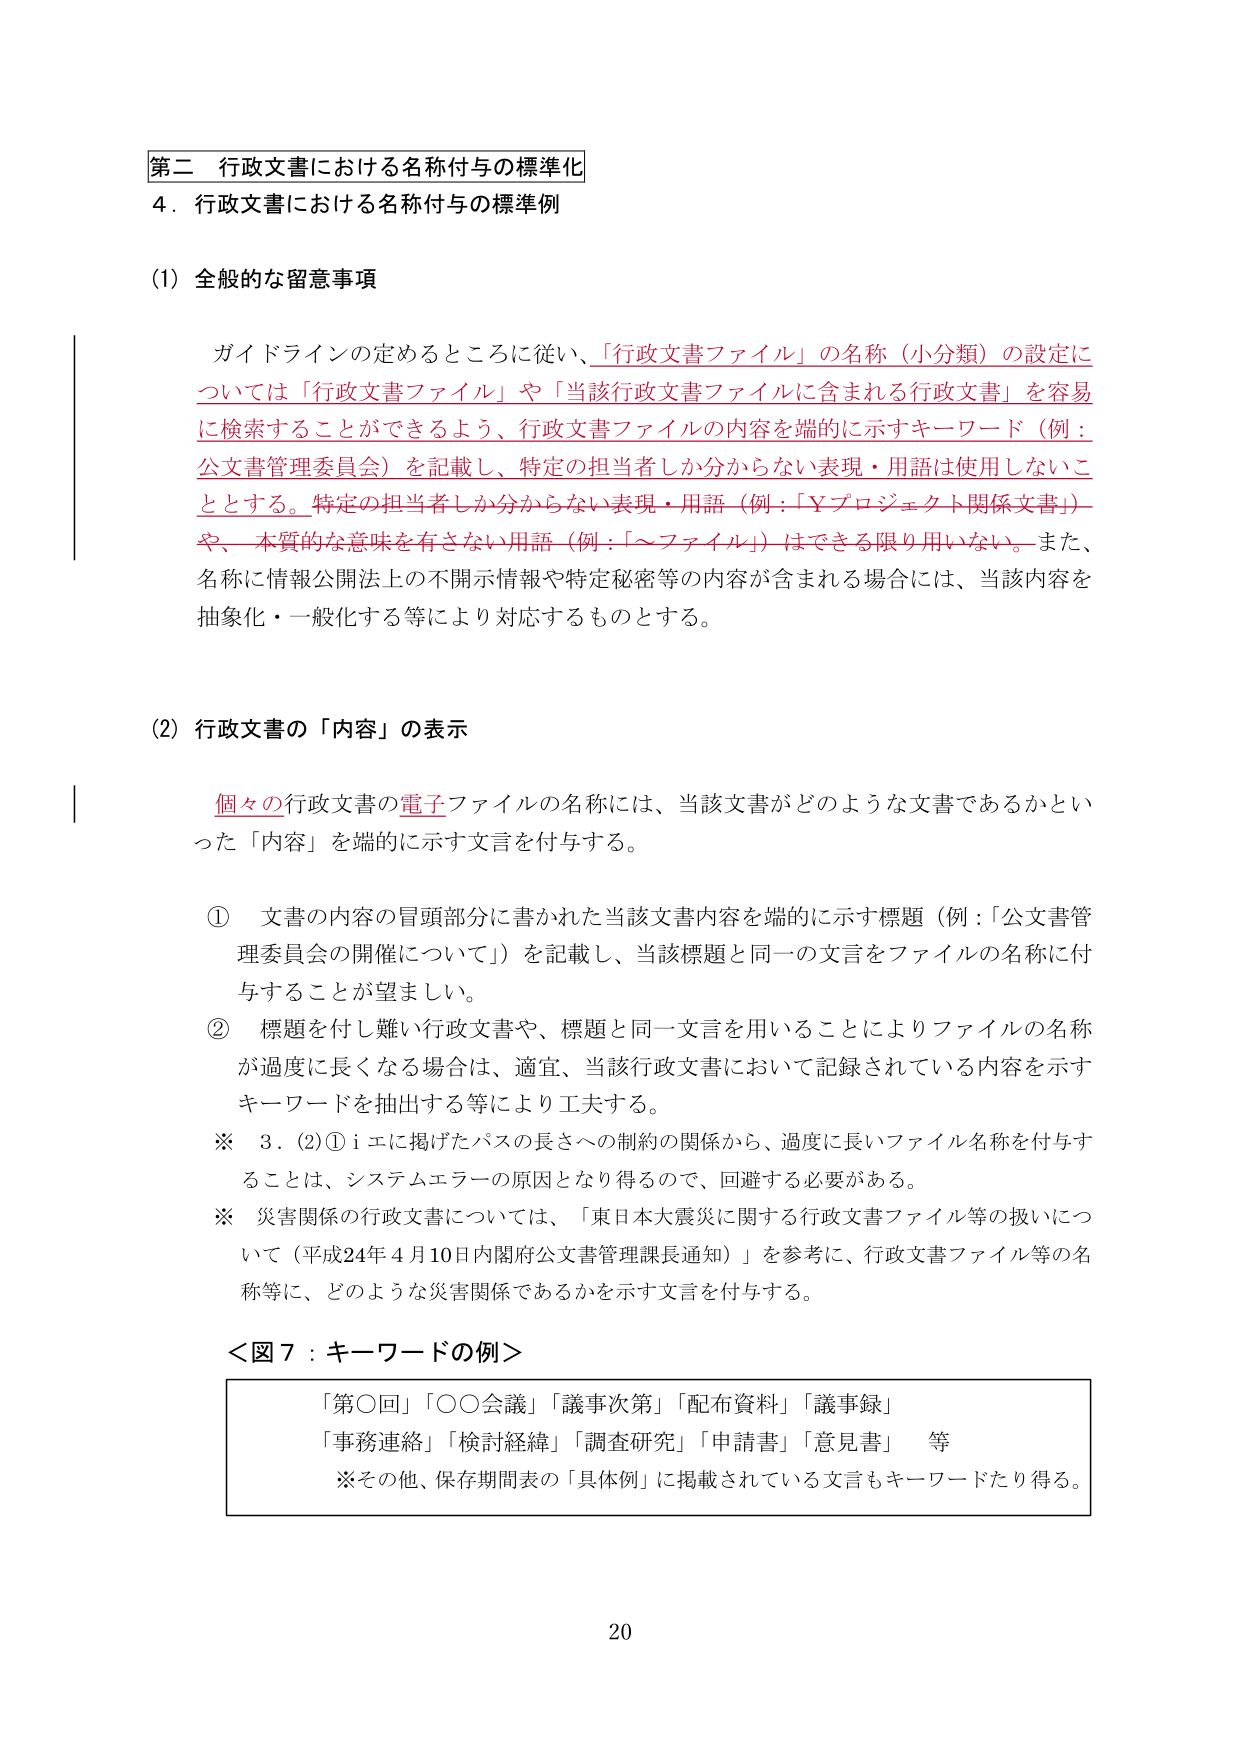
第二 行政文書における名称付与の標準化
4．行政文書における名称付与の標準例

(1) 全般的な留意事項

ガイドラインの定めるところに従い、「行政文書ファイル」の名称（小分類）の設定については「行政文書ファイル」や「当該行政文書ファイルに含まれる行政文書」を容易に検索することができるよう、行政文書ファイルの内容を端的に示すキーワード（例：公文書管理委員会）を記載し、特定の担当者しか分からない表現・用語は使用しないこととする。特定の担当者しか分からない表現・用語（例：「Yプロジェクト関係文書」）や、本質的な意味を有さない用語（例：「～ファイル」）はできる限り用いない。また、名称に情報公開法上の不開示情報や特定秘密等の内容が含まれる場合には、当該内容を抽象化・一般化する等により対応するものとする。

(2) 行政文書の「内容」の表示

個々の行政文書の電子ファイルの名称には、当該文書がどのような文書であるかといった「内容」を端的に示す文言を付与する。

① 文書の内容の冒頭部分に書かれた当該文書内容を端的に示す標題（例：「公文書管理委員会の開催について」）を記載し、当該標題と同一の文言をファイルの名称に付与することが望ましい。

② 標題を付し難い行政文書や、標題と同一文言を用いることによりファイルの名称が過度に長くなる場合は、適宜、当該行政文書において記録されている内容を示すキーワードを抽出する等により工夫する。

※ 3．(2)①iエに掲げたパスの長さへの制約の関係から、過度に長いファイル名称を付与することは、システムエラーの原因となり得るので、回避する必要がある。

※ 災害関係の行政文書については、「東日本大震災に関する行政文書ファイル等の扱いについて（平成24年4月10日内閣府公文書管理課長通知）」を参考に、行政文書ファイル等の名称等に、どのような災害関係であるかを示す文言を付与する。

＜図7：キーワードの例＞

「第○回」「○○会議」「議事次第」「配布資料」「議事録」
「事務連絡」「検討経緯」「調査研究」「申請書」「意見書」 等
※その他、保存期間表の「具体例」に掲載されている文言もキーワードたり得る。

20